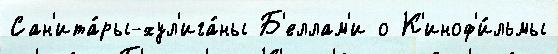
Сан'ита́ры-хул'ига́ны Б'еллам'и о К'иноф'и́льмы